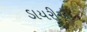
ડાયરીએ